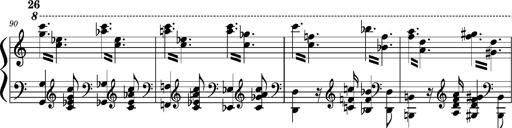
Title: Concerto sans orchestre, S.524a
Composer: Franz Liszt
Key: A major